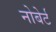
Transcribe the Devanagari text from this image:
नोबेर्ट